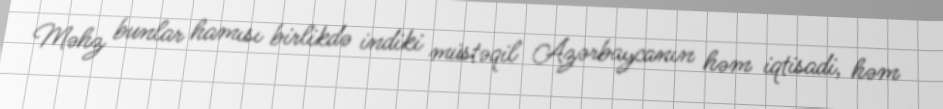
Məhz bunlar hamısı birlikdə indiki müstəqil Azərbaycanın həm iqtisadi, həm